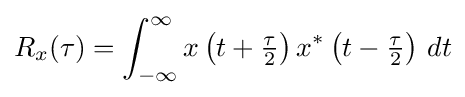
R_{x}(\tau )=\int _{-\infty }^{\infty }x\left(t+{\tfrac {\tau }{2}}\right)x^{*}\left(t-{\tfrac {\tau }{2}}\right)\,dt